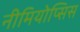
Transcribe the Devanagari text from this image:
नीमियोप्सिस